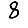
Digit: 8